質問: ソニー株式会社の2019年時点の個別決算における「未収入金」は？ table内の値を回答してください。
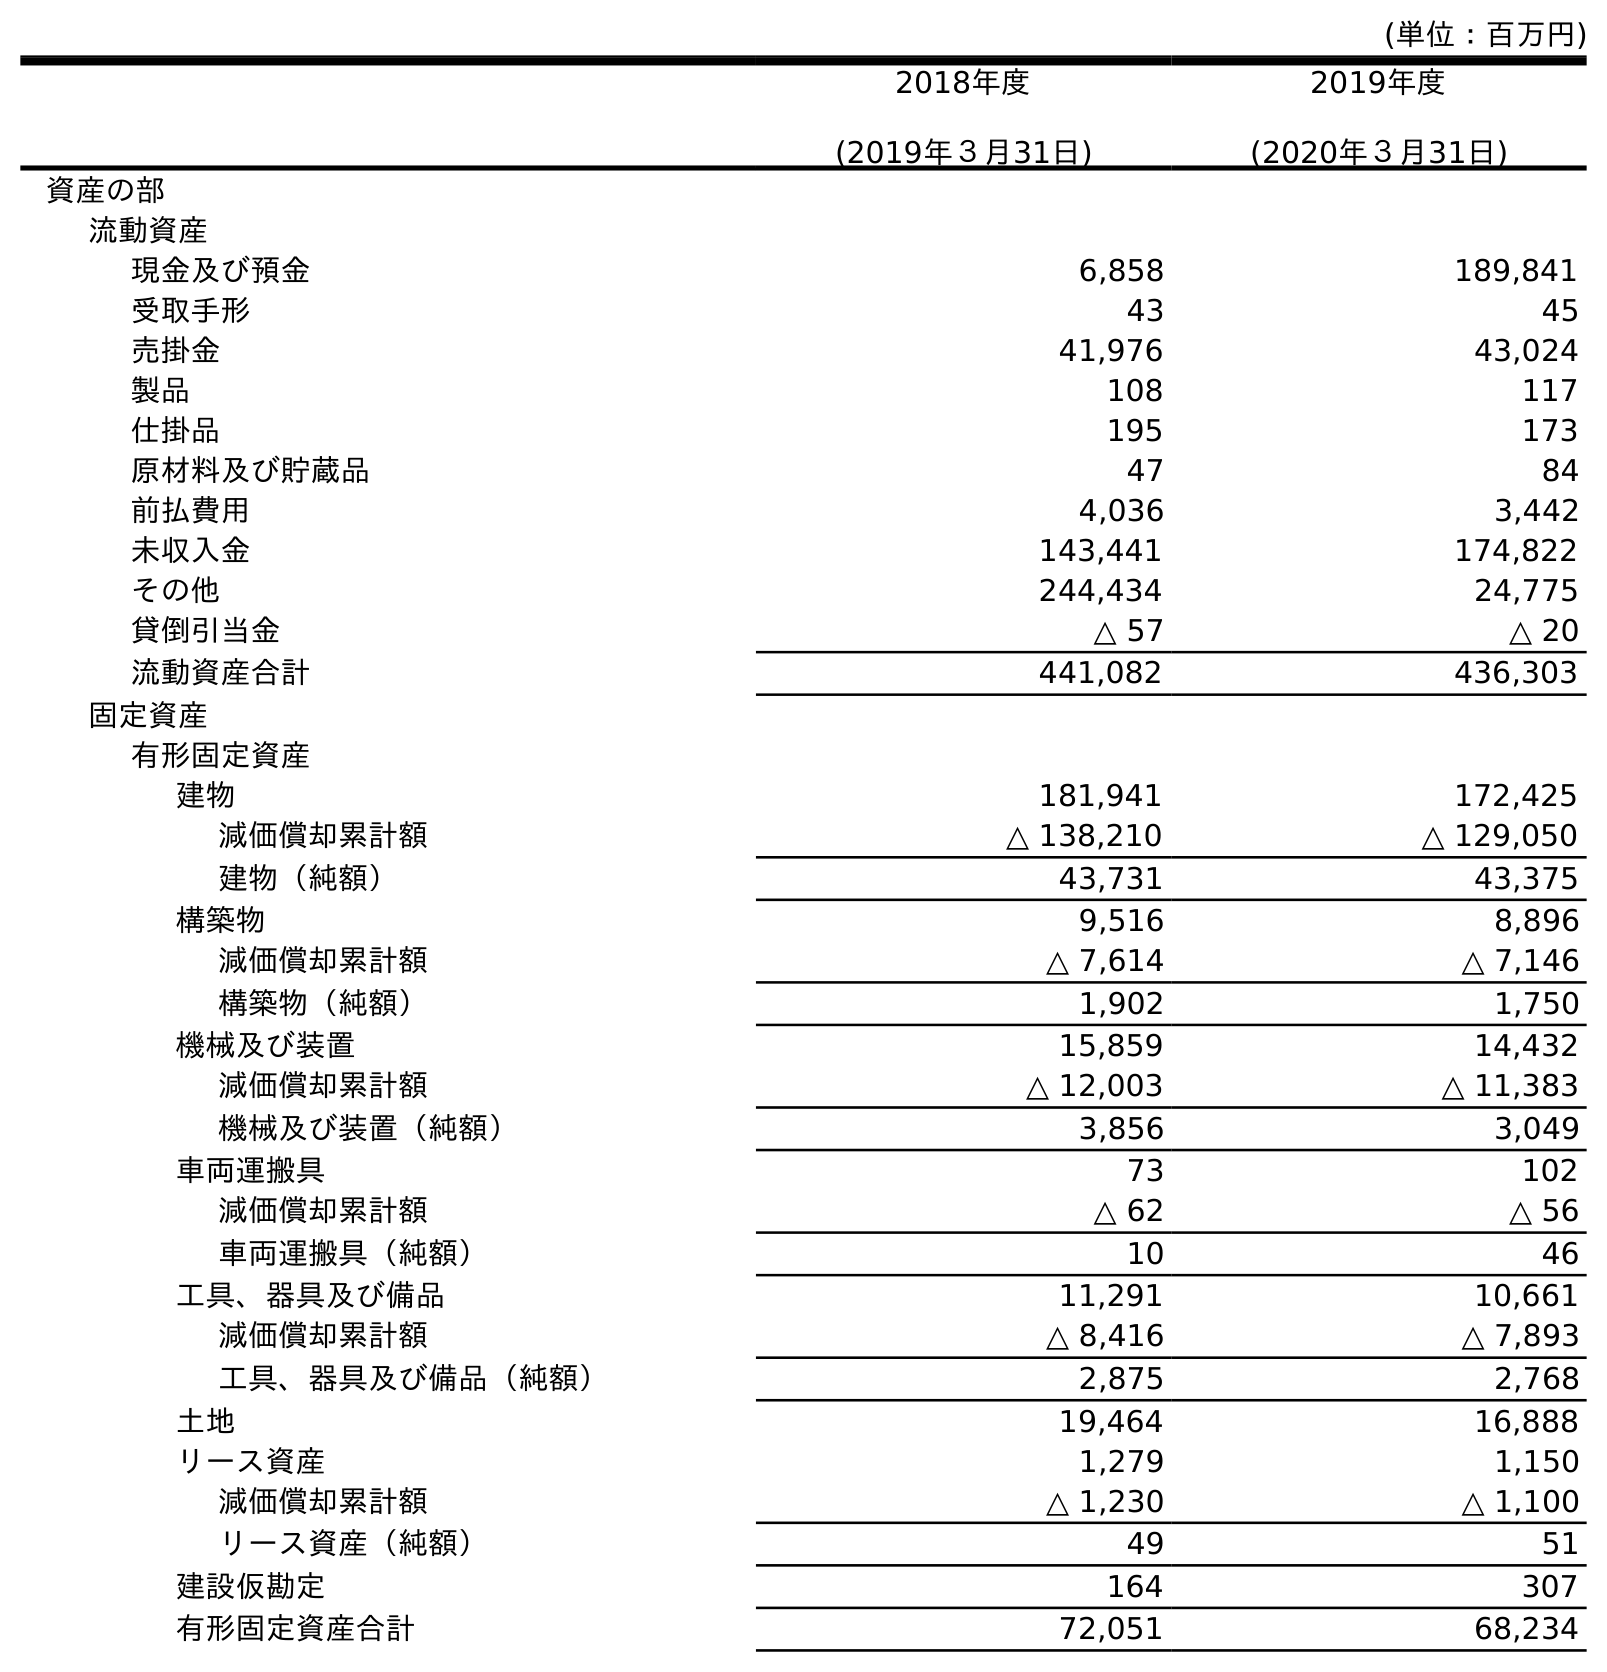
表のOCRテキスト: (単位：百万円) 2018年度 (2019年３月31日) 2019年度 (2020年３月31日) 資産の部 流動資産 現金及び預金 6,858 189,841 受取手形 43 45 売掛金 41,976 43,024 製品 108 117 仕掛品 195 173 原材料及び貯蔵品 47 84 前払費用 4,036 3,442 未収入金 143,441 174,822 その他 244,434 24,775 貸倒引当金 △ 57 △ 20 流動資産合計 441,082 436,303 固定資産 有形固定資産 建物 181,941 172,425 減価償却累計額 △ 138,210 △ 129,050 建物（純額） 43,731 43,375 構築物 9,516 8,896 減価償却累計額 △ 7,614 △ 7,146 構築物（純額） 1,902 1,750 機械及び装置 15,859 14,432 減価償却累計額 △ 12,003 △ 11,383 機械及び装置（純額） 3,856 3,049 車両運搬具 73 102 減価償却累計額 △ 62 △ 56 車両運搬具（純額） 10 46 工具、器具及び備品 11,291 10,661 減価償却累計額 △ 8,416 △ 7,893 工具、器具及び備品（純額） 2,875 2,768 土地 19,464 16,888 リース資産 1,279 1,150 減価償却累計額 △ 1,230 △ 1,100 リース資産（純額） 49 51 建設仮勘定 164 307 有形固定資産合計 72,051 68,234
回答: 143,441